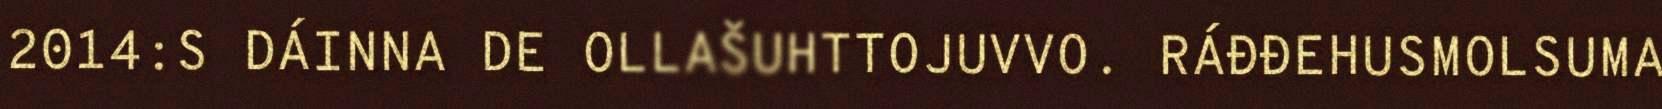
2014:S DÁINNA DE OLLAŠUHTTOJUVVO. RÁĐĐEHUSMOLSUMA